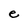
Character: e